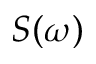
S ( \omega )